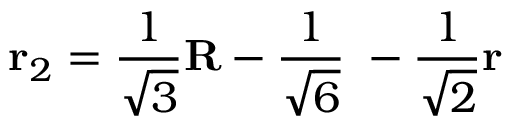
{ \bf r } _ { 2 } = \frac { 1 } { \sqrt { 3 } } { \bf R } - \frac { 1 } { \sqrt { 6 } } { \bf \rho } - \frac { 1 } { \sqrt { 2 } } { \bf r }